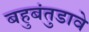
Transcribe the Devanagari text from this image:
बहुबंतुडावे